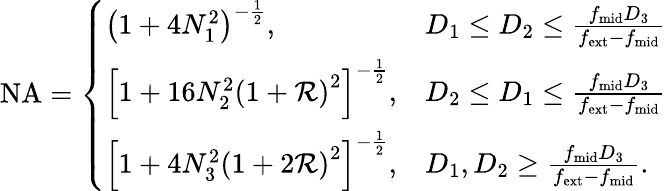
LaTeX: \begin{array}{r}{\mathrm{NA}=\left\{ \begin{array}{ll}{\left(1+4N_{1}^{2}\right)^{-\frac{1}{2}},}&{D_{1}\leq D_{2}\leq\frac{f_{\mathrm{mid}}D_{3}}{f_{\mathrm{ext}}-f_{\mathrm{mid}}}}\\ {\left[1+16N_{2}^{2}\left(1+\mathcal{R}\right)^{2}\right]^{-\frac{1}{2}},}&{D_{2}\leq D_{1}\leq\frac{f_{\mathrm{mid}}D_{3}}{f_{\mathrm{ext}}-f_{\mathrm{mid}}}}\\ {\left[1+4N_{3}^{2}\left(1+2\mathcal{R}\right)^{2}\right]^{-\frac{1}{2}},}&{D_{1},D_{2}\geq\frac{f_{\mathrm{mid}}D_{3}}{f_{\mathrm{ext}}-f_{\mathrm{mid}}}.}\end{array}\right.}\end{array}